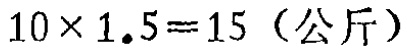
\(10\times 1.5 = 15 \text{（公斤）}\)